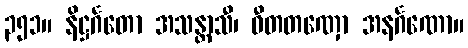
၃၅၁။ နိဋ္ဌင်္ဂတော အသန္တာသီ၊ ဝီတတဏှော အနင်္ဂဏော။